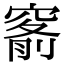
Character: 𥦹